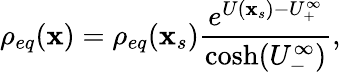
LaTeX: \rho_{eq}(\mathbf{x})=\rho_{eq}(\mathbf{x}_{s})\frac{e^{U(\mathbf{x}_{s})-U_{+}^{\infty}}}{\cosh(U_{-}^{\infty})},